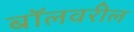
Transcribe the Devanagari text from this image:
बॉलवरील